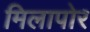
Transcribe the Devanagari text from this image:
मिलापोर